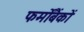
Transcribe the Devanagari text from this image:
फर्मोंबैंकों